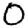
Digit: 0